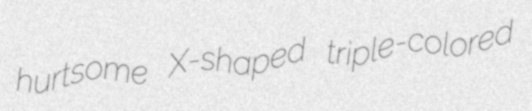
hurtsome X-shaped triple-colored